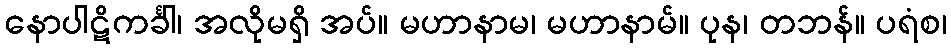
နောပါဋိကင်္ခါ၊ အလိုမရှိ အပ်။ မဟာနာမ၊ မဟာနာမ်။ ပုန၊ တဘန်။ ပရံစ၊